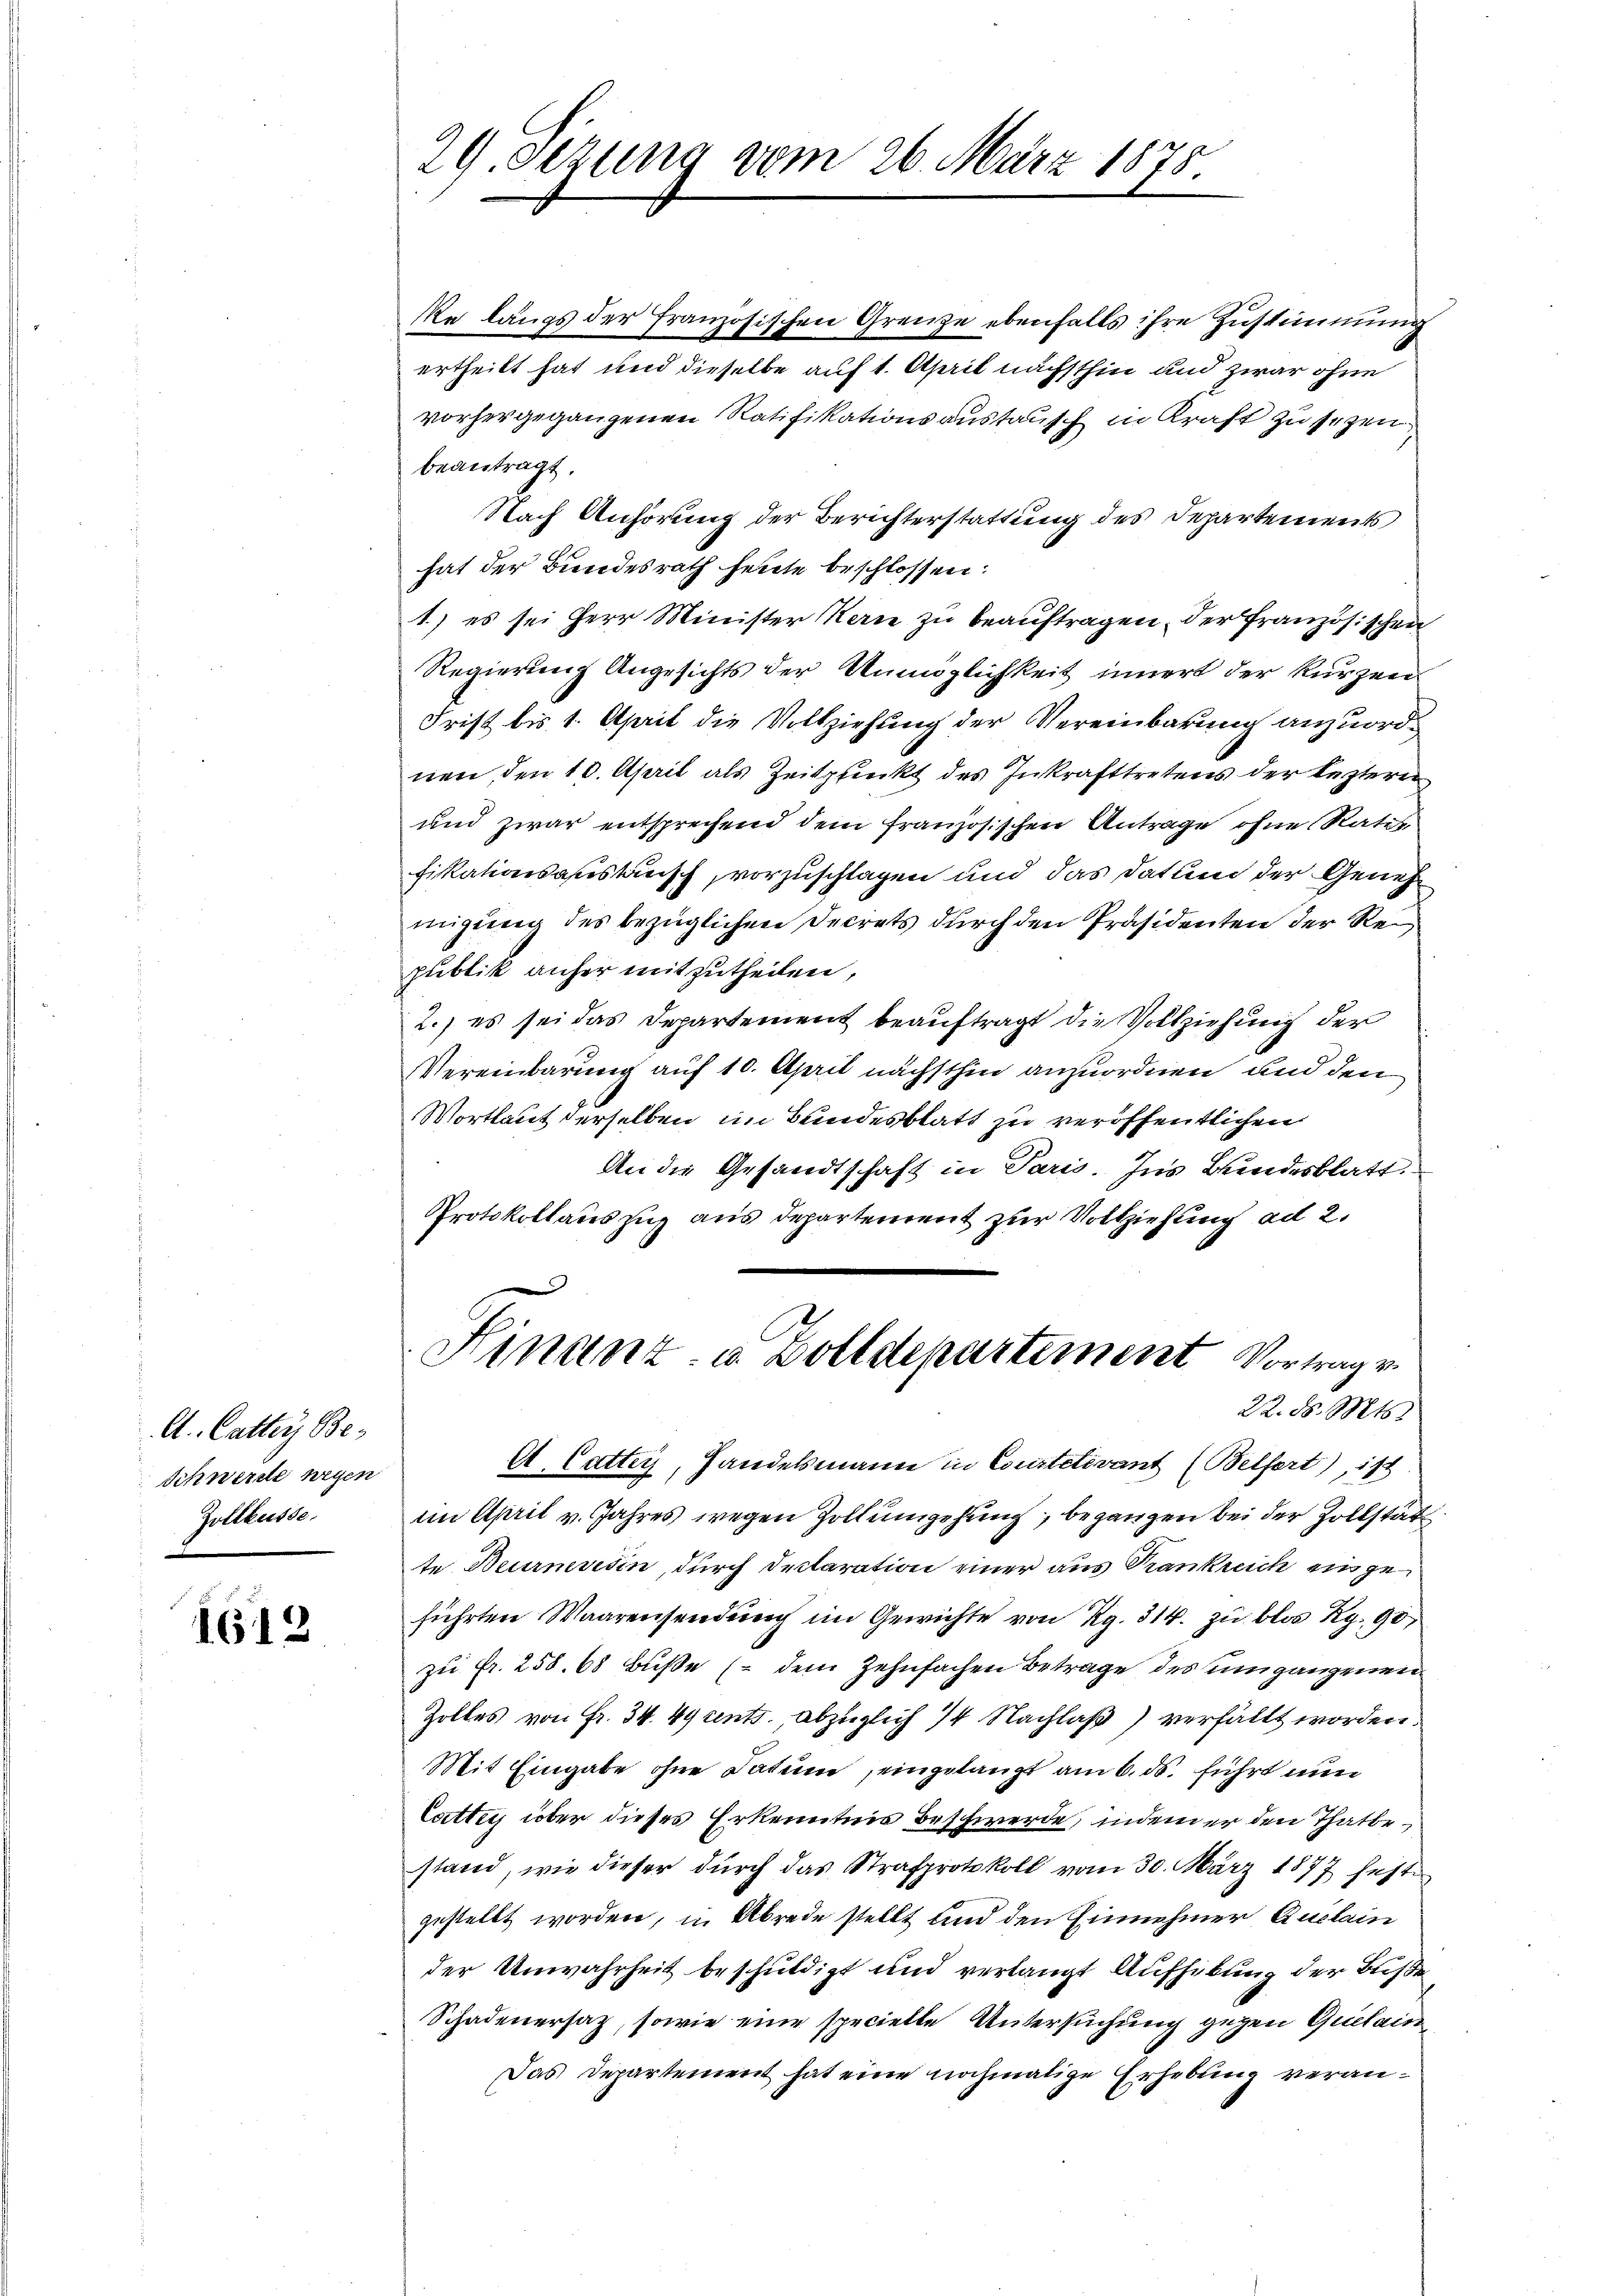
A. Catter Be¬
Schwerde wegen
Zollkasse.

1612

Re längs der französischen Grenze ebenfalls ihre Zustimmung
ertheilt hat und dieselbe auf 1. April nächsthin und zwar ohne
vorhergegangenen Ratifikationsanstausch in Kraft zu sezen.
beantragt.
Nach Anhörung der Berichterstattung des Departements
hat der Bundesrath heute beschlossen:
1.) es sei Herr Minister Kerne zu beauftragen, der Französischen
Regierung Angesichts der Unmöglichkeit innert der kurzen
Frist bis 1. April die Vollziehung der Vereinbarung anzuordnen, den 10. April als Zeitpunkt des Inkrafttretens der leztern
und zwar entsprechend dem französischen Antrage ohne Rates
fikationsanstausch, vorzuschlagen und das Datum der Genehmigung des bezüglichen Decrets durch den Präsidenten der Reipublik anher mitzutheilen,
2.) es sei das Departement beauftragt die Vollziehung der
Vereinbarung auf 10. April nächsthin anzuordnen, und den
Wortlaut derselben im Bundesblatt zu veröffentlichen
An die Gesandtschaft in Paris. Ins Bundesblatt.
Protokollauszug aus Departement zur Vollziehung ad 2.
Finanz- u. Zolldepartement Vortrag v.
22. d. Mts.
A. Cattey, Handelsmann in Coustetivant (Belfert), ist
ein April v. Jahres wegen Zollumgehung, begangen bei der Zollstät
te Beurneresin, durch Declaration einer aus Krankreich eingeführten Waarensendung im Gewichte von Rg. 314. zu blos Rg. 90,
zu Fr. 258. 68 Buße (dem Zehnfachen Betrage des umgangenen
Zolles von Fr. 34. 49 ents. abzüglich 14 Nachlaß) verfällt worden.
Mit Eingabe ohne Datum, eingelangt am 6. ds. führt nun
Catte über dieses Erkenntnis Beschwerde, indem er den Thatbestand, wie dieser dŭrch das Strafprotokoll vom 30. März 1877 feste
gestellt worden, in Abrede stellt und den Einnehmer Auclain
der Unwahrheit beschuldigt und verlangt Aufhebung der Buße
Schadenersaz, sowie eine specielle Untersuchung gegen Quitain
Das Departement hat eine nochmalige Erhebung veran¬

29 Sezung vom 26. März 1878